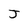
Character: J